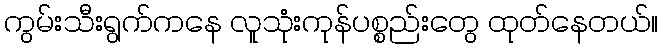
ကွမ်းသီးရွက်ကနေ လူသုံးကုန်ပစ္စည်းတွေ ထုတ်နေတယ်။